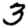
Digit: 3